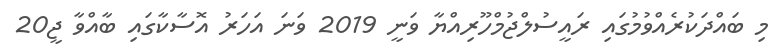
މި ބައްދަކުރެއްވުމުގައި ރައީސުލްޖުމްހޫރިއްޔާ ވަނީ 2019 ވަނަ އަހަރު އޮސާކާގައި ބާއްވާ ޖީ20